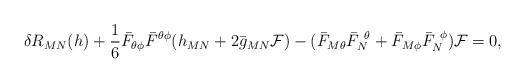
LaTeX: \begin{align*}\delta R_{MN} (h) + {1 \over 6} \bar F_{\theta\phi} \bar F^{\theta\phi} (h_{MN} + 2 \bar g_{MN} {\cal F})- ( \bar F_{M \theta} \bar F_N^{~\theta} + \bar F_{M \phi}\bar F_N^{~\phi} ) {\cal F}= 0,\end{align*}